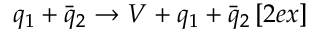
q _ { 1 } + \bar { q } _ { 2 } \rightarrow V + q _ { 1 } + \bar { q } _ { 2 } \, [ 2 e x ]